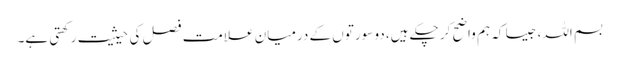
بسم اللہ، جیسا کہ ہم واضح کر چکے ہیں، دو سورتوں کے درمیان علامت فصل کی حیثیت رکھتی ہے۔